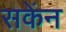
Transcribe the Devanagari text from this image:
सकेंन